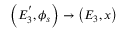
\left( E _ { 3 } ^ { ' } , \phi _ { s } \right) \rightarrow \left( E _ { 3 } , x \right)